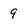
Character: 9